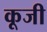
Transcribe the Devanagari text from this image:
कूजी